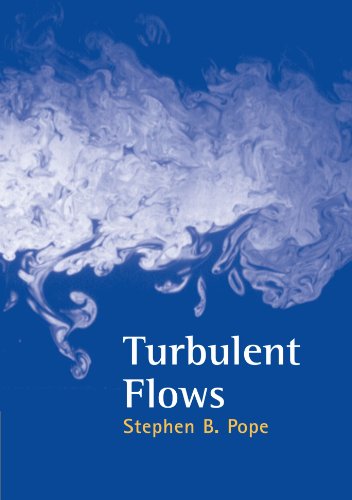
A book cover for Turbulent Flows; Stephen B. Pope; Science & Math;